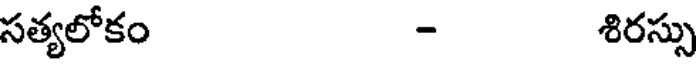
సత్యలోకం - శిరస్సు